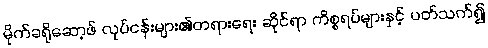
မိုက်ခရိုဆော့ဖ် လုပ်ငန်းများ၏တရားရေး ဆိုင်ရာ ကိစ္စရပ်များနှင့် ပတ်သက်၍